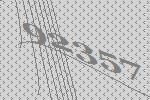
92357